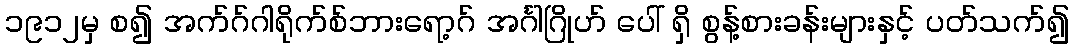
၁၉၁၂မှ စ၍ အက်ဂ်ဂါရိုက်စ်ဘားရော့ဂ် အင်္ဂါဂြိုဟ် ပေါ် ရှိ စွန့်စားခန်းများနှင့် ပတ်သက်၍